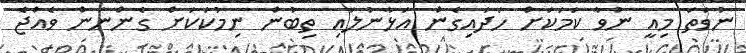
ނުވަތަ މިއީ ނުވާ ކަމަކަށް ހަދައިިގެން އަޅާނުލައި ތިބުން ނިމުކަކަށް ގެންނަން ވެއްޖެ